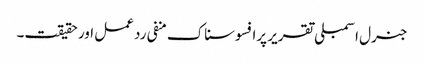
جنرل اسمبلی تقریر پرافسوسناک منفی رد عمل اور حقیقت۔